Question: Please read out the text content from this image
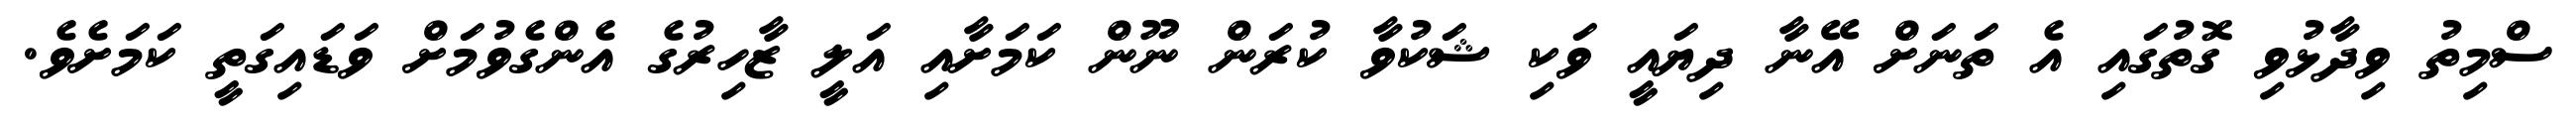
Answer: ސްމިތު ވިދާޅުވި ގޮތުގައި އެ ތަނަށް އޭނާ ދިޔައީ ވަކި ޝަކުވާ ކުރަން ނޫން ކަމަށާއި އަލީ ޒާހިރުގެ އެންގެވުމަށް ވަޑައިގަތީ ކަމަށެވެ.